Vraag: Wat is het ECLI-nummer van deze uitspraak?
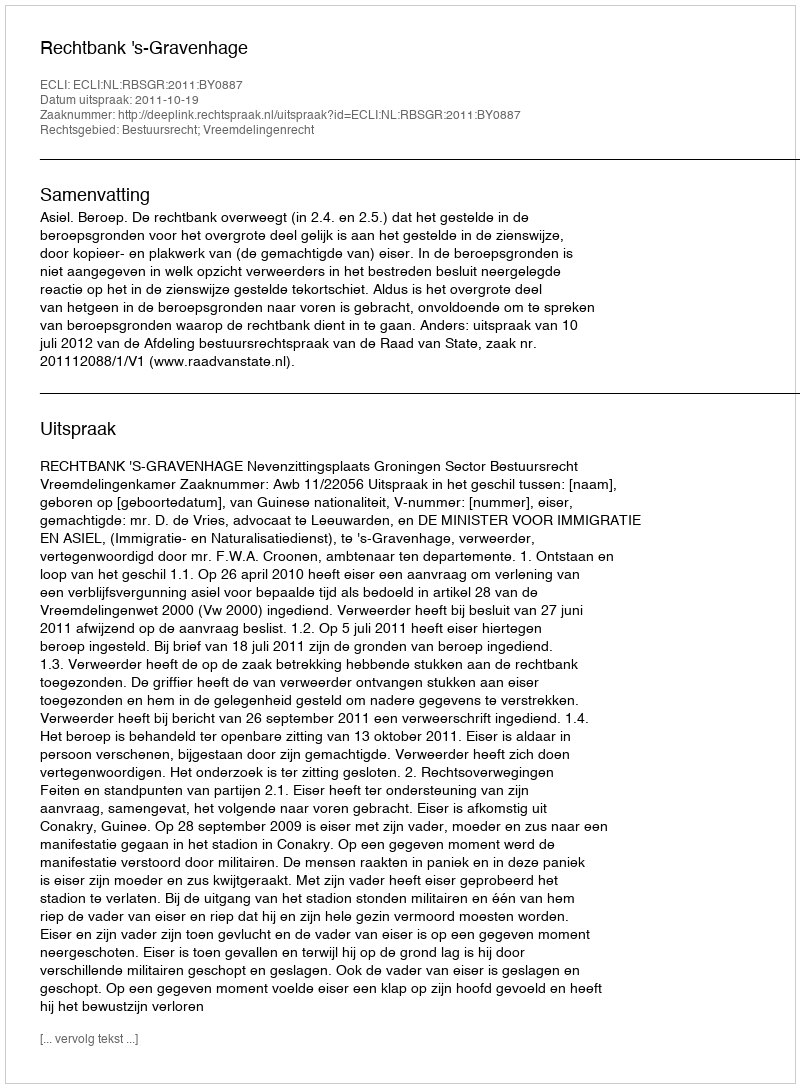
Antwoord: ECLI:NL:RBSGR:2011:BY0887